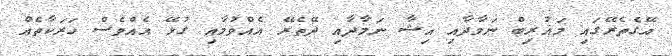
އޭގެތެރޭގައި މަޣުރިބް ނަމާދާއި އިޝާ ނަމާދާއި ދޭތެރޭ އެއްވުމާއި ގުޅޭ އެއްވެސް ހަރަކާތެއް